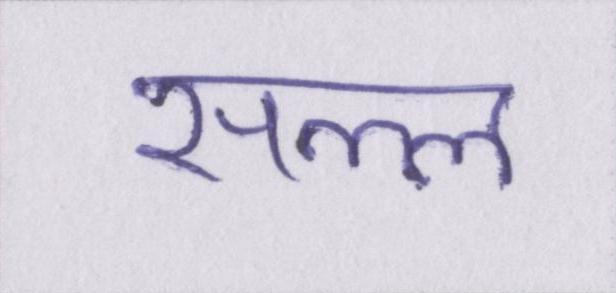
सल्ल